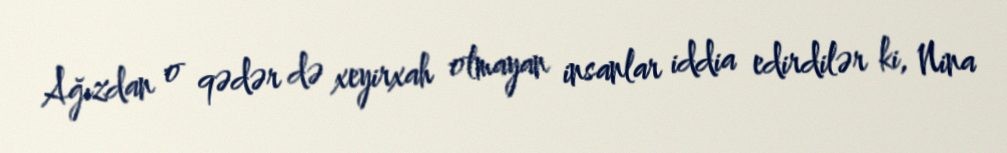
Ağızdan o qədər də xeyirxah olmayan insanlar iddia edirdilər ki, Nina